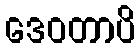
ဒေဝတာပိ